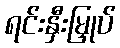
ရင်းနှီးမြှုပ်